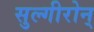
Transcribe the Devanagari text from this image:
सुल्गीरोन्